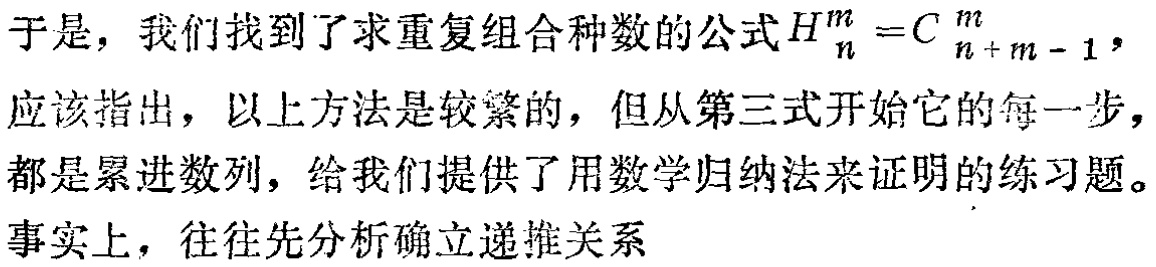
于是，我们找到了求重复组合种数的公式\(H_{n}^{m}=C_{n + m - 1}^{m}\)，

应该指出，以上方法是较繁的，但从第三式开始它的每一步，

都是累进数列，给我们提供了用数学归纳法来证明的练习题。

事实上，往往先分析确立递推关系